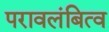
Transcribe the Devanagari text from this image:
परावलंबित्व